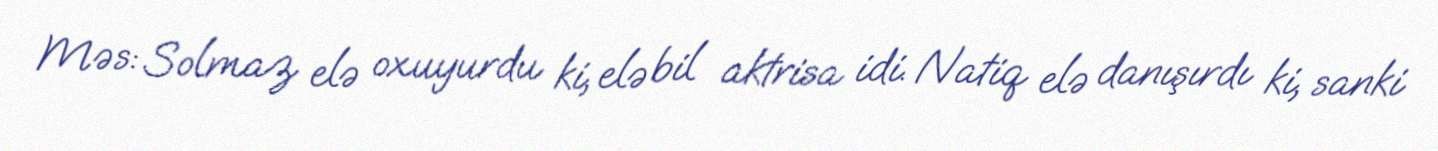
Məs: Solmaz elə oxuyurdu ki, elə bil aktrisa idi. Natiq elə danışırdı ki, sanki